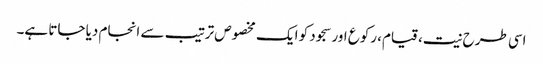
اسی طرح نیت، قیام، رکوع اور سجود کو ایک مخصوص ترتیب سے انجام دیا جاتا ہے۔